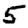
Digit: 5